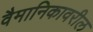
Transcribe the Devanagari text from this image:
वैमानिकावरील